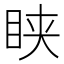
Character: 𥅴